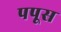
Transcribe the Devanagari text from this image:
पपूस